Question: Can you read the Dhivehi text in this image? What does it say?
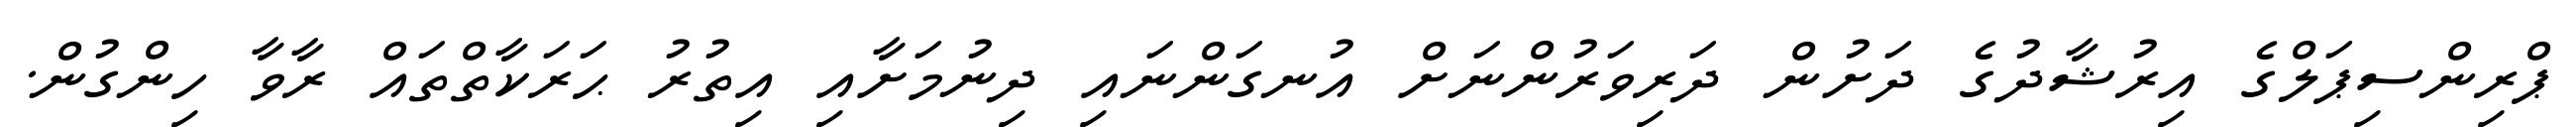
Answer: ޕްރިންސިޕަލްގެ އިރުޝާދުގެ ދަށުން ދަރިވަރުންނަށް އުނގަންނައި ދިނުމަށާއި އިތުރު ޙަރަކާތްތައް ރާވާ ހިންގުން.